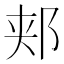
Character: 郏